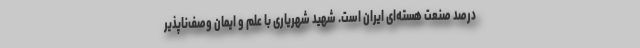
درصدِ صنعت هسته‌ای ایران است. شهید شهریاری با علم و ایمان وصف‌ناپذیر